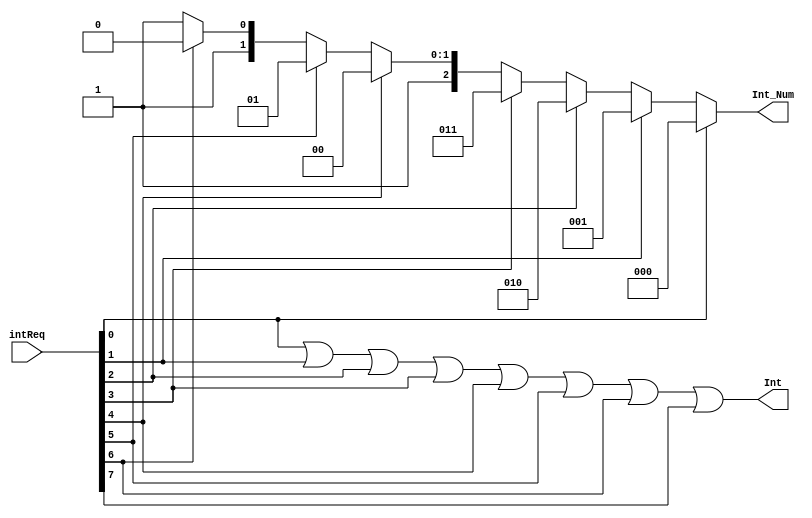
`timescale 1ns / 1ps
//////////////////////////////////////////////////////////////////////////////////
// Company: 
// Engineer: 
// 
// Design Name: 
// Module Name: PIC
// Project Name: 
// Target Devices: 
// Tool Versions: 
// Description: 
// 
// Dependencies: 
// 
// Revision:
// Revision 0.01 - File Created
// Additional Comments:
// 
//////////////////////////////////////////////////////////////////////////////////


module PIC(input [7:0] intReq, output Int, output[2:0] Int_Num);
    assign Int = (intReq[0] || intReq[1] || intReq[2] || intReq[3] || intReq[4] || intReq[5] || intReq[6] || intReq[7]);
    assign Int_Num =    (intReq[0]) ? 3'b000 :
                        (intReq[1]) ? 3'b001 :   
                        (intReq[2]) ? 3'b010 :
                        (intReq[3]) ? 3'b011 :   
                        (intReq[4]) ? 3'b100 :
                        (intReq[5]) ? 3'b101 :   
                        (intReq[6]) ? 3'b110 :
                        3'b111; 
endmodule